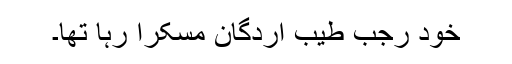
خود رجب طیب اردگان مسکرا رہا تھا۔